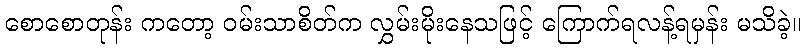
စောစောတုန်း ကတော့ ဝမ်းသာစိတ်က လွှမ်းမိုးနေသဖြင့် ကြောက်ရလန့်ရမှန်း မသိခဲ့။